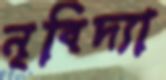
নৃবিদ্যা